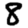
Digit: 8